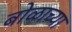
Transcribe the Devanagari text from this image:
बोळाच्या